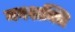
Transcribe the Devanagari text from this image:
नबशक्ति